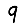
Digit: 9